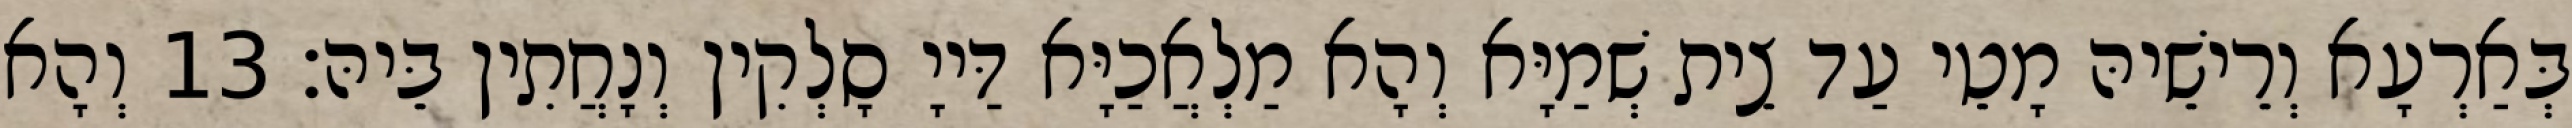
בְּאַרְעָא וְרֵישֵׁיהּ מָטֵי עַד צֵית שְׁמַיָּא וְהָא מַלְאֲכַיָּא דַּייָ סָלְקִין וְנָחֲתִין בֵּיהּ׃ 13 וְהָא